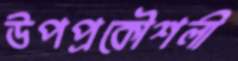
উপপ্রকৌশলী